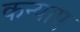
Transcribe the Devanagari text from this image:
कन्याए